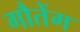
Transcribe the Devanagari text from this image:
गौतेंग